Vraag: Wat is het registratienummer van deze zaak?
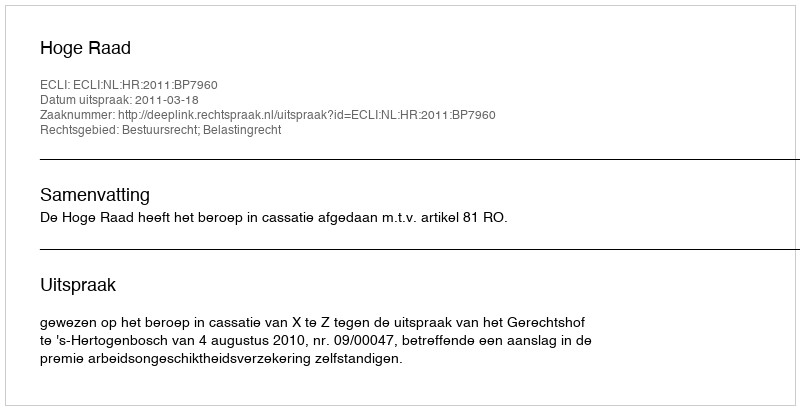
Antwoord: http://deeplink.rechtspraak.nl/uitspraak?id=ECLI:NL:HR:2011:BP7960